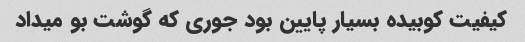
کیفیت کوبیده بسیار پایین بود جوری که گوشت بو میداد